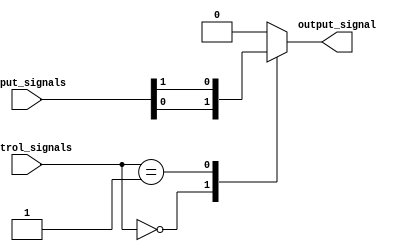
module multiplexer_128_1 (
    input [127:0] input_signals,
    input [6:0] control_signals,
    output reg output_signal
);

always @(*) begin
    // Comparator circuit to determine selected input signal
    case (control_signals)
        7'b0000000: output_signal = input_signals[0];
        7'b0000001: output_signal = input_signals[1];
        // Add all cases for remaining input signals
        // 7'b1111111: output_signal = input_signals[127];
        default: output_signal = 0; // Default output signal when no control signal matches
    endcase
end

endmodule